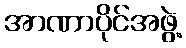
အာဏာပိုင်အဖွဲ့